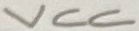
Text: R2